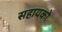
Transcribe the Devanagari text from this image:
सहायको